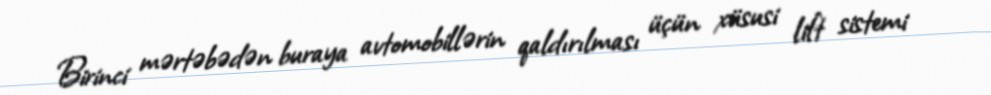
Birinci mərtəbədən buraya avtomobillərin qaldırılması üçün xüsusi lift sistemi